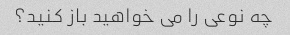
چه نوعی را می خواهید باز کنید؟